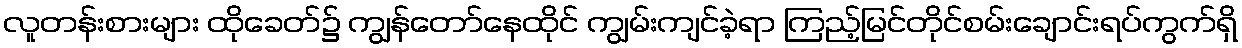
လူတန်းစားများ ထိုခေတ်၌ ကျွန်တော်နေထိုင် ကျွမ်းကျင်ခဲ့ရာ ကြည့်မြင်တိုင်စမ်းချောင်းရပ်ကွက်ရှိ